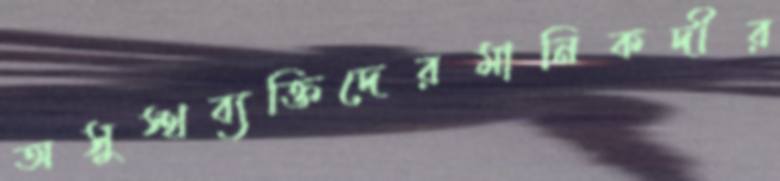
অসুস্থব্যক্তিদেরমানিকদীর